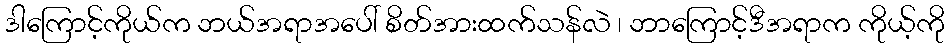
ဒါကြောင့်ကိုယ်က ဘယ်အရာအပေါ် စိတ်အားထက်သန်လဲ ၊ ဘာကြောင့်ဒီအရာက ကိုယ့်ကို